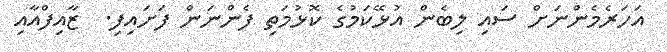
އަހަރެމެންނަށް ސައި ލިބެން އުޅޭކަމުގެ ކޮޅުމަތި ފެންނަން ފަށައިފި.  ޒާއިފްއާއި